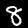
Label: 8